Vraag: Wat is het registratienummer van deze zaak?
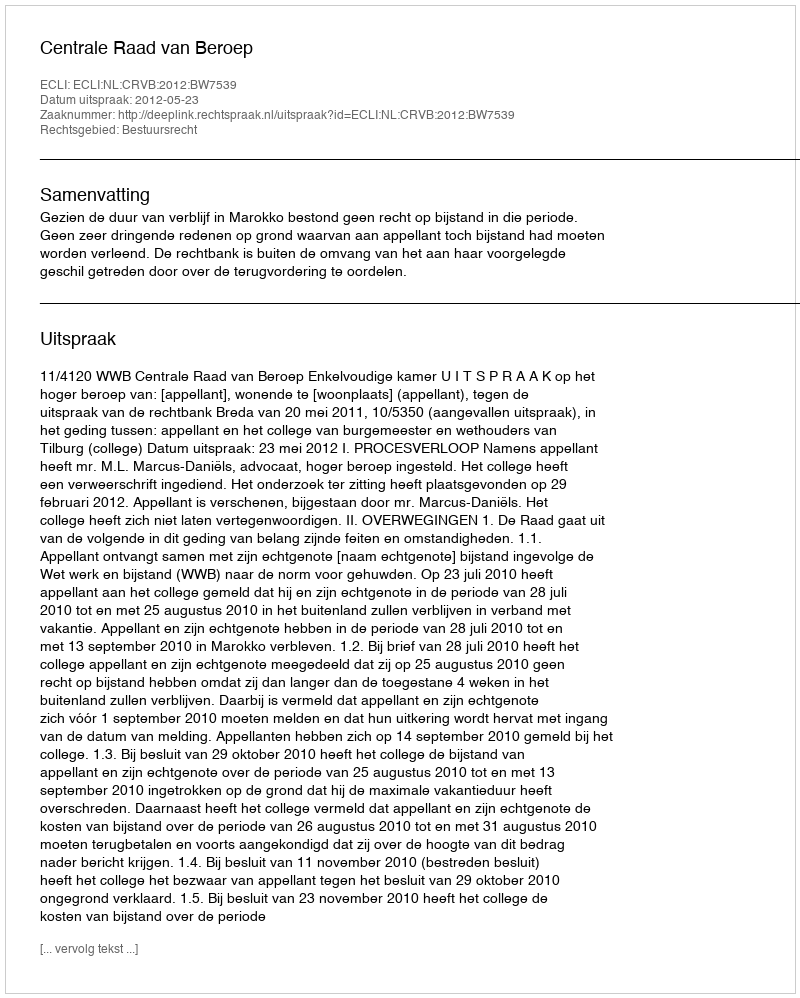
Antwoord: http://deeplink.rechtspraak.nl/uitspraak?id=ECLI:NL:CRVB:2012:BW7539